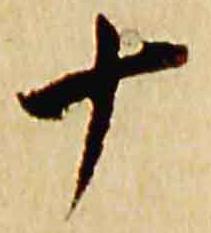
十